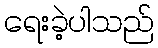
ရေးခဲ့ပါသည်